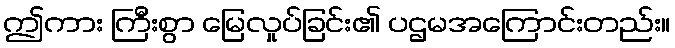
ဤကား ကြီးစွာ မြေလှုပ်ခြင်း၏ ပဌမအကြောင်းတည်း။